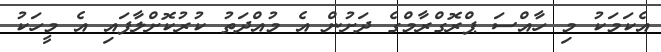
އެކަމަކު މި ހާއްސަ ޕްރޮގްރާމްގެ ދަށުން އެ މުއްދަތު ކުރުކޮށްލާފައި އެ މީހަކު